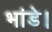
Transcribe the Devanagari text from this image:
भांडे।